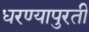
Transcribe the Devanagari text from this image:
धरण्यापुरती